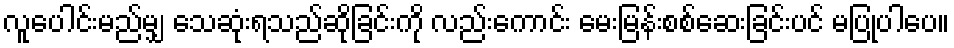
လူပေါင်းမည်မျှ သေဆုံးရသည်ဆိုခြင်းကို လည်းကောင်း မေးမြန်းစစ်ဆေးခြင်းပင် မပြုပါပေ။